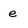
Character: e